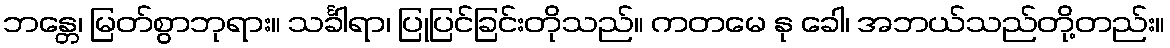
ဘန္တေ၊ မြတ်စွာဘုရား။ သင်္ခါရာ၊ ပြုပြင်ခြင်းတိုသည်။ ကတမေ နု ခေါ၊ အဘယ်သည်တို့တည်း။